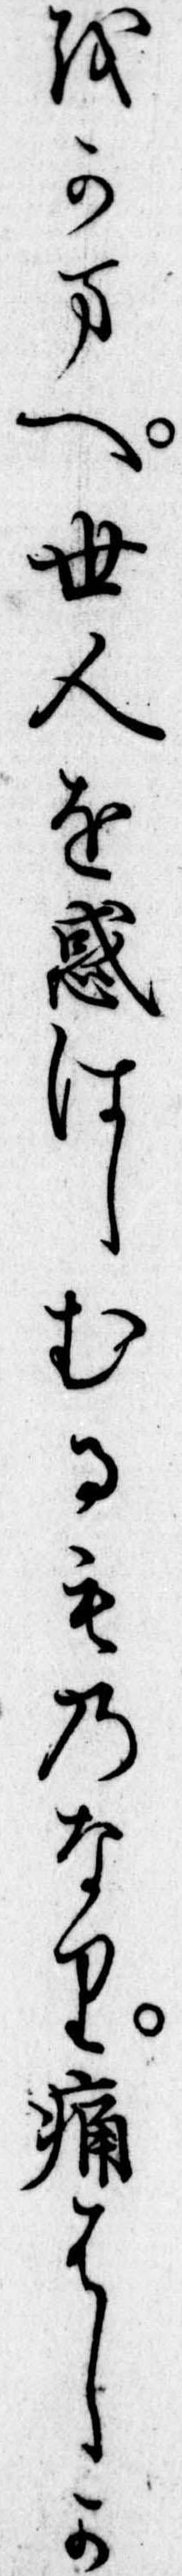
をかまへ世人を惑はしむるものなり痛はしか